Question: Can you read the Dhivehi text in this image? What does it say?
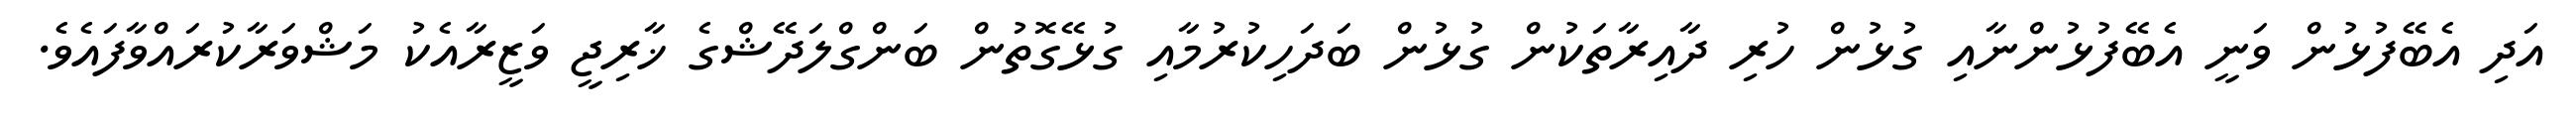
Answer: އަދި އެބޭފުޅުން ވަނީ އެބޭފުޅުންނާއި ގުޅުން ހުރި ދާއިރާތަކުން ގުޅުން ބަދަހިކުރުމާއި ގުޅޭގޮތުން ބަންގްލަދޭޝްގެ ޚާރިޖީ ވަޒީރާއެކު މަޝްވަރާކުރައްވާފައެވެ.